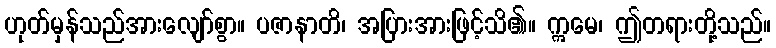
ဟုတ်မှန်သည်အားလျော်စွာ။ ပဇာနာတိ၊ အပြားအားဖြင့်သိ၏။ ဣမေ၊ ဤတရားတို့သည်။